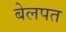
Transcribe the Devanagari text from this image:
बेलपत